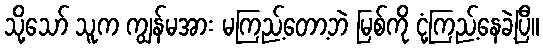
သို့သော် သူက ကျွန်မအား မကြည့်တော့ဘဲ မြစ်ကို ငုံ့ကြည့်နေခဲ့ပြီ။